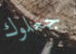
جعلوك